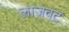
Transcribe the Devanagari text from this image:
लाजवट